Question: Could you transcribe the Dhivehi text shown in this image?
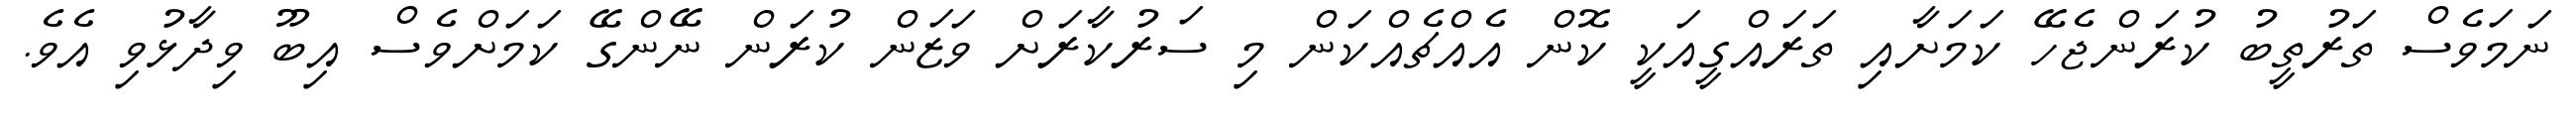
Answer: ނަމަވެސް ތަރުތީބު ކުރަންޖެހޭ ކަމަށާއި ތަރައްގީއަކީ ކޮން އެއްޗެއްކަން މި ސަރުކާރަށް ވަޒަން ކުރަން ނޭންގޭ ކަމަށްވެސް އިބޫ ވިދާޅުވި އެވެ.